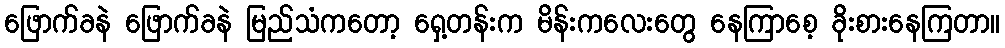
ဖြောက်ခနဲ ဖြောက်ခနဲ မြည်သံကတော့ ရှေ့တန်းက မိန်းကလေးတွေ နေကြာစေ့ ခိုးစားနေကြတာ။